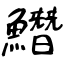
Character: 𩻛